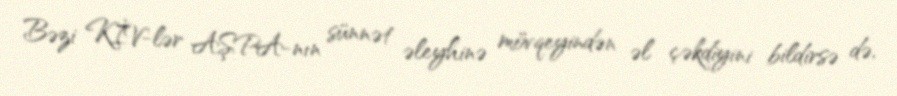
Bəzi KİV-lər AŞPA-nın sünnət əleyhinə mövqeyindən əl çəkdiyini bildirsə də,